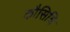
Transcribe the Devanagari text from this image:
कौसिशि